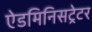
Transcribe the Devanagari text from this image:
ऐडमिनिसट्रेटर